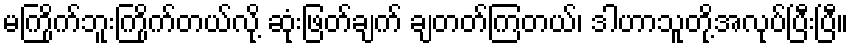
မကြိုက်ဘူးကြိုက်တယ်လို့ ဆုံးဖြတ်ချက် ချတတ်ကြတယ်၊ ဒါဟာသူတို့အလုပ်ပြီးပြီ။